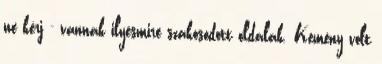
ne kérj - vannak ilyesmire szakosodott oldalak. Kemény volt